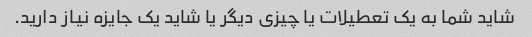
شاید شما به یک تعطیلات یا چیزی دیگر یا شاید یک جایزه نیاز دارید.